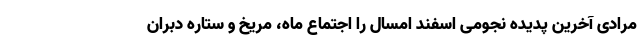
مرادی آخرین پدیده نجومی اسفند امسال را اجتماع ماه، مریخ و ستاره دبران